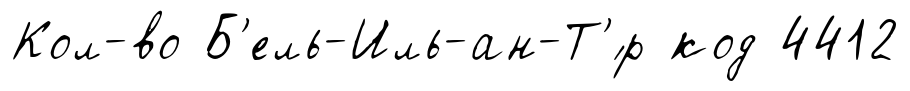
Кол-во Б'ель-Иль-ан-Т'́р код 4412